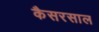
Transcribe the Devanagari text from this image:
कैसरसाल